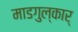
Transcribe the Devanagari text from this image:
माडगुल्कार्